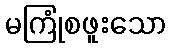
မကြုံစဖူးသော